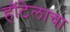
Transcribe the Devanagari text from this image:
हॉटेलाचा